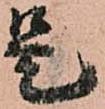
是